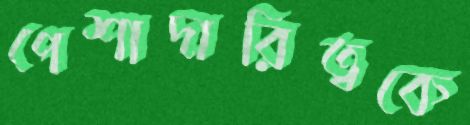
পেশাদারিত্বকে